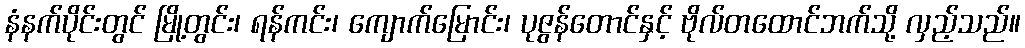
နံနက်ပိုင်းတွင် မြို့တွင်း၊ ရန်ကင်း၊ ကျောက်မြောင်း၊ ပုဇွန်တောင်နှင့် ဗိုလ်တထောင်ဘက်သို့ လှည့်သည်။